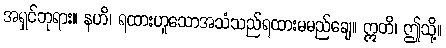
အရှင်ဘုရား။ နဟိ၊ ရထားဟူသောအသံသည်ရထားမမည်ချေ။ ဣတိ၊ ဤသို့။